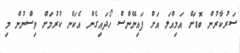
ސަރުކާރުން ބޮޑަށް އަމިއްލަ އަށް ފައިނޭންސް ހޯދައިގެން އެކަން ކުރުމަށް ވިސްނުން މި